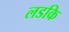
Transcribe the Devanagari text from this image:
लडकि